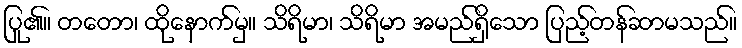
ပြု၏။ တတော၊ ထိုနောက်မှ။ သိရိမာ၊ သိရိမာ အမည်ရှိသော ပြည့်တန်ဆာမသည်။